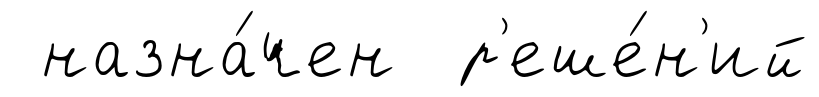
назна́чен р'еше́н'ий